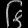
Digit: ၆